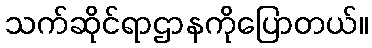
သက်ဆိုင်ရာဌာနကိုပြောတယ်။